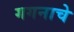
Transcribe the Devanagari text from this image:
गगनाचे